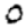
Digit: 0